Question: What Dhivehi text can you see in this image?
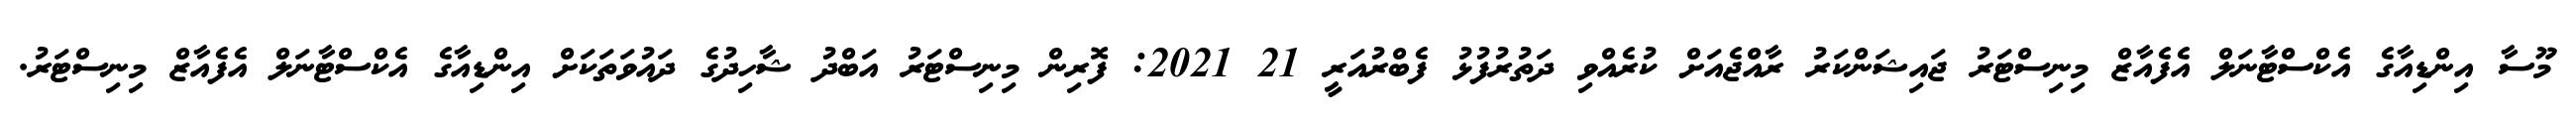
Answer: މޫސާ އިންޑިއާގެ އެކްސްޓާނަލް އެފެއާޒް މިނިސްޓަރު ޖައިޝަންކަރު ރާއްޖެއަށް ކުރެއްވި ދަތުރުފުޅު ފެބްރުއަރީ 21 2021: ފޮރިން މިނިސްޓަރު އަބްދު ޝާހިދުގެ ދައުވަތަކަށް އިންޑިއާގެ އެކްސްޓާނަލް އެފެއާޒް މިނިސްޓަރު.